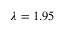
\lambda = 1 . 9 5